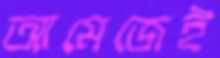
আমেজেই